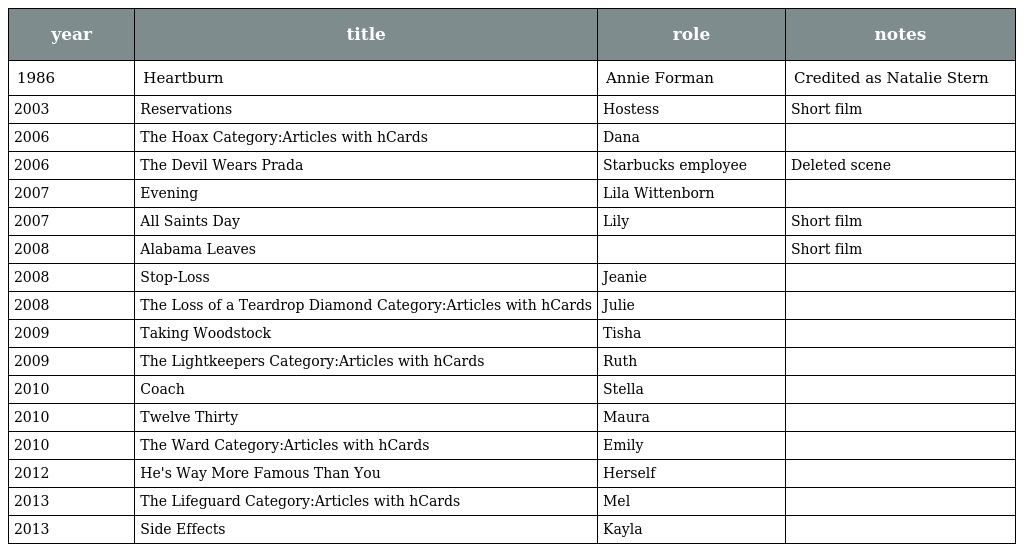
| year | title | role | notes |
 | --- | --- | --- | --- |
 | 1986 | Heartburn | Annie Forman | Credited as Natalie Stern |
 | 2003 | Reservations | Hostess | Short film |
 | 2006 | The Hoax Category:Articles with hCards | Dana |  |
 | 2006 | The Devil Wears Prada | Starbucks employee | Deleted scene |
 | 2007 | Evening | Lila Wittenborn |  |
 | 2007 | All Saints Day | Lily | Short film |
 | 2008 | Alabama Leaves |  | Short film |
 | 2008 | Stop-Loss | Jeanie |  |
 | 2008 | The Loss of a Teardrop Diamond Category:Articles with hCards | Julie |  |
 | 2009 | Taking Woodstock | Tisha |  |
 | 2009 | The Lightkeepers Category:Articles with hCards | Ruth |  |
 | 2010 | Coach | Stella |  |
 | 2010 | Twelve Thirty | Maura |  |
 | 2010 | The Ward Category:Articles with hCards | Emily |  |
 | 2012 | He's Way More Famous Than You | Herself |  |
 | 2013 | The Lifeguard Category:Articles with hCards | Mel |  |
 | 2013 | Side Effects | Kayla |  |